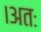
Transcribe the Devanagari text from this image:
।अतः